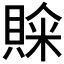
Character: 𮚒